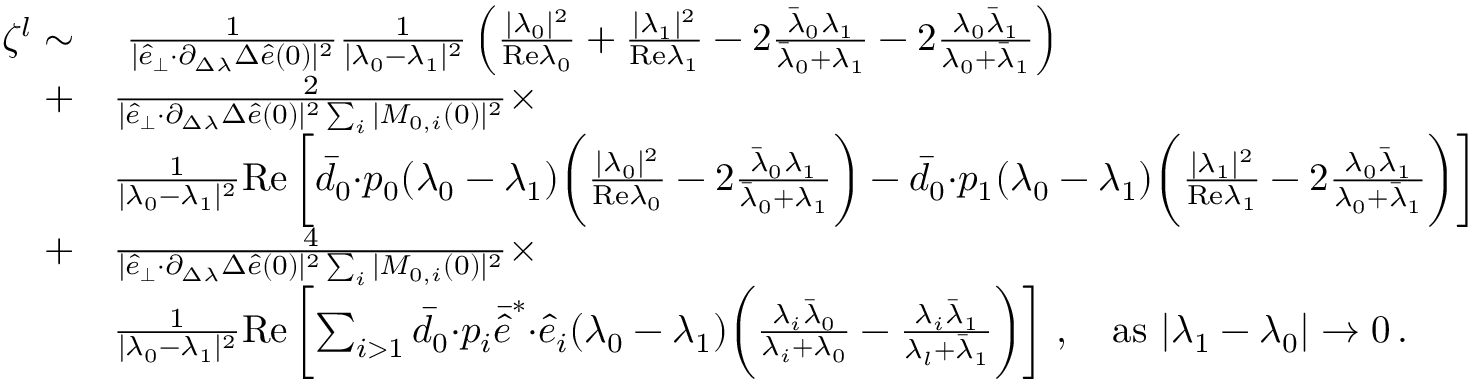
\begin{array} { r l } { \zeta ^ { l } \sim } & { ~ \frac { 1 } { \vert \hat { e } _ { \perp } { \cdot } \partial _ { \Delta \lambda } \Delta \hat { e } ( 0 ) \vert ^ { 2 } } \frac { 1 } { \vert \lambda _ { 0 } - \lambda _ { 1 } \vert ^ { 2 } } \left( \frac { \vert \lambda _ { 0 } \vert ^ { 2 } } { \mathrm { R e } \lambda _ { 0 } } + \frac { \vert \lambda _ { 1 } \vert ^ { 2 } } { \mathrm { R e } \lambda _ { 1 } } - 2 \frac { \bar { \lambda } _ { 0 } \lambda _ { 1 } } { \bar { \lambda } _ { 0 } + \lambda _ { 1 } } - 2 \frac { \lambda _ { 0 } \bar { \lambda } _ { 1 } } { \lambda _ { 0 } + \bar { \lambda } _ { 1 } } \right) } \\ { + } & { \frac { 2 } { \vert \hat { e } _ { \perp } { \cdot } \partial _ { \Delta \lambda } \Delta \hat { e } ( 0 ) \vert ^ { 2 } \sum _ { i } \vert M _ { 0 , i } ( 0 ) \vert ^ { 2 } } \times } \\ & { \frac { 1 } { \vert \lambda _ { 0 } - \lambda _ { 1 } \vert ^ { 2 } } \mathrm { R e } \left[ \bar { d } _ { 0 } { \cdot } p _ { 0 } ( \lambda _ { 0 } - \lambda _ { 1 } ) \bigg ( \frac { \vert \lambda _ { 0 } \vert ^ { 2 } } { \mathrm { R e } \lambda _ { 0 } } - 2 \frac { \bar { \lambda } _ { 0 } \lambda _ { 1 } } { \bar { \lambda } _ { 0 } + \lambda _ { 1 } } \bigg ) - \bar { d } _ { 0 } { \cdot } p _ { 1 } ( \lambda _ { 0 } - \lambda _ { 1 } ) \bigg ( \frac { \vert \lambda _ { 1 } \vert ^ { 2 } } { \mathrm { R e } \lambda _ { 1 } } - 2 \frac { \lambda _ { 0 } \bar { \lambda } _ { 1 } } { \lambda _ { 0 } + \bar { \lambda } _ { 1 } } \bigg ) \right] } \\ { + } & { \frac { 4 } { \vert \hat { e } _ { \perp } { \cdot } \partial _ { \Delta \lambda } \Delta \hat { e } ( 0 ) \vert ^ { 2 } \sum _ { i } \vert M _ { 0 , i } ( 0 ) \vert ^ { 2 } } \times } \\ & { \frac { 1 } { \vert \lambda _ { 0 } - \lambda _ { 1 } \vert ^ { 2 } } \mathrm { R e } \left[ \sum _ { i > 1 } \bar { d } _ { 0 } { \cdot } p _ { i } \bar { \hat { e } } ^ { * } { \cdot } \hat { e } _ { i } ( \lambda _ { 0 } - \lambda _ { 1 } ) \bigg ( \frac { \lambda _ { i } \bar { \lambda } _ { 0 } } { \lambda _ { i } + \lambda _ { 0 } } - \frac { \lambda _ { i } \bar { \lambda } _ { 1 } } { \lambda _ { l } + \bar { \lambda } _ { 1 } } \bigg ) \right] \, , ~ ~ ~ \mathrm { a s } ~ \vert \lambda _ { 1 } - \lambda _ { 0 } \vert \rightarrow 0 \, . } \end{array}